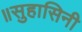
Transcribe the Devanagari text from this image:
॥सुहासिनी